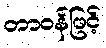
တာဝန်ဖြင့်